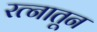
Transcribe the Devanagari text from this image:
रत्‍नातून